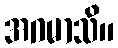
အဂမာသိ။